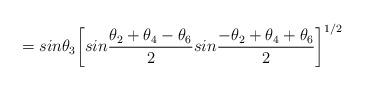
LaTeX: \begin{align*}{}~~~~~~~~~~~~~~~~~~~~~~~~~~~~~~~~~~~~~~=sin\theta_3\bigg[sin\frac{\theta_2+\theta_4-\theta_6}{2}sin\frac{-\theta_2+\theta_4+\theta_6}{2}\bigg]^{1/2}\end{align*}